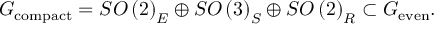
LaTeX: G _ { \mathrm { c o m p a c t } } = S O \left( 2 \right) _ { E } \oplus S O \left( 3 \right) _ { S } \oplus S O \left( 2 \right) _ { R } \subset G _ { \mathrm { e v e n } } .